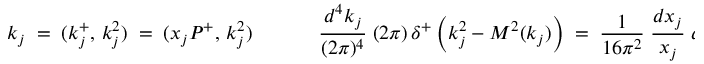
k _ { j } \; = \; ( k _ { j } ^ { + } , \, k _ { j } ^ { 2 } ) \; = \; ( x _ { j } P ^ { + } , \, k _ { j } ^ { 2 } ) \; \; \; \; \; \; \; \; \; \; \; \; \frac { d ^ { 4 } k _ { j } } { ( 2 \pi ) ^ { 4 } } \; ( 2 \pi ) \, \delta ^ { + } \left( k _ { j } ^ { 2 } - M ^ { 2 } ( k _ { j } ) \right) \; = \; \frac { 1 } { 1 6 \pi ^ { 2 } } \; \frac { d x _ { j } } { x _ { j } } \; d k _ { j } ^ { 2 } \; .